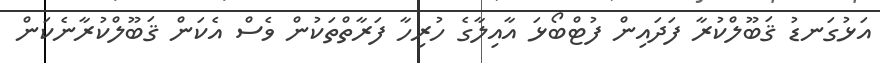
އަޅުގަނޑު ޤަބޫލްކުރާ ފަދައިން ފުޓްބޯޅަ އާއިލާގެ ހުރިހާ ފަރާތްތަކުން ވެސް އެކަން ޤަބޫލްކުރާނެކަން